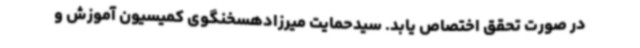
در صورت تحقق اختصاص یابد. سیدحمایت میرزادهسخنگوی کمیسیون آموزش و